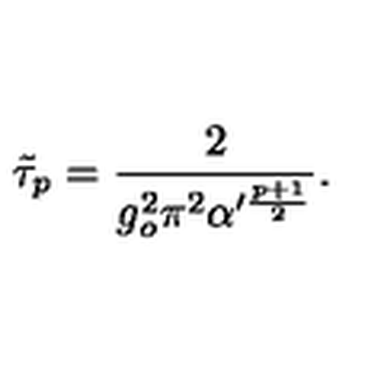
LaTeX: \tilde { \tau } _ { p } = \frac { 2 } { g _ { o } ^ { 2 } \pi ^ { 2 } \alpha ^ { \prime \frac { p + 1 } { 2 } } } .